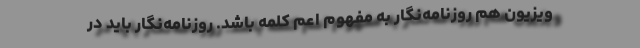
ویزیون هم روزنامه‌نگار به مفهوم اعم کلمه باشد. روزنامه‌نگار باید در